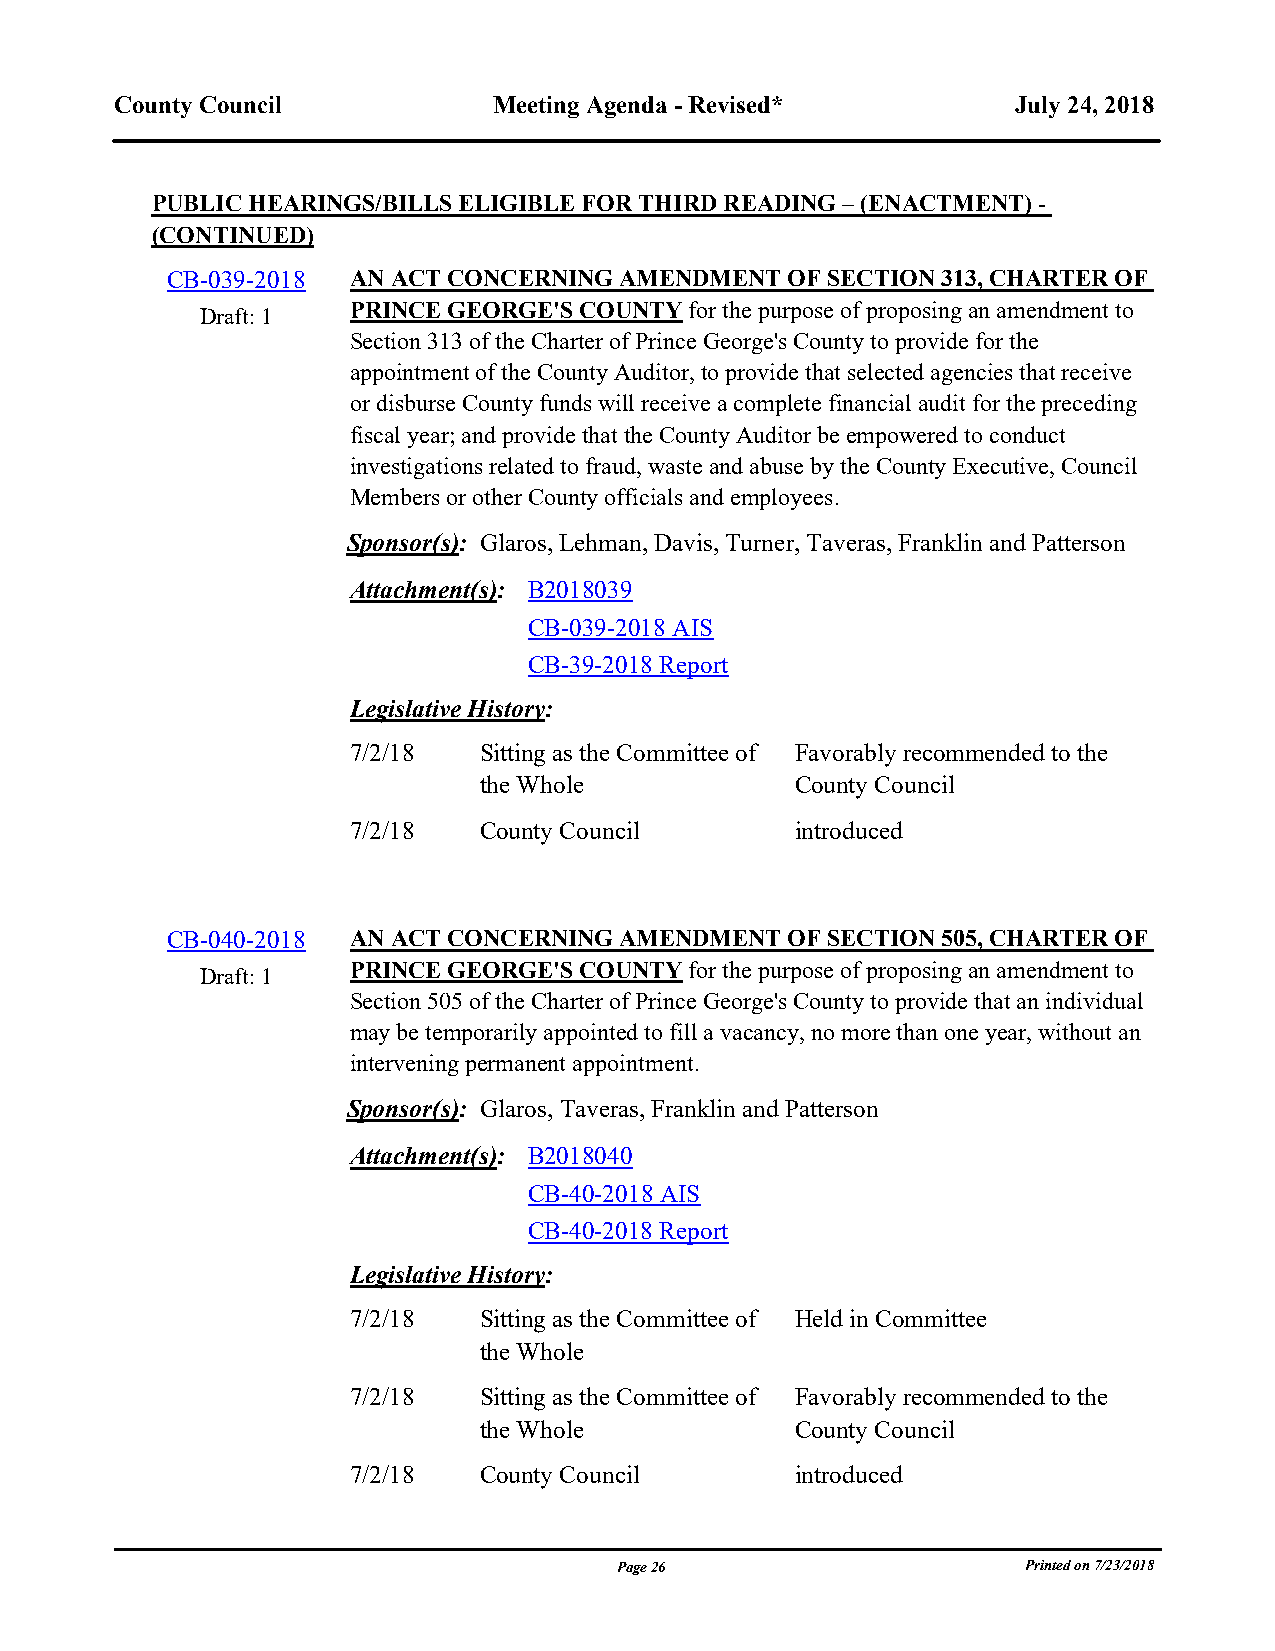
County Council           Meeting Agenda - Revised*         July 24, 2018
 PUBLIC HEARINGS/BILLS ELIGIBLE FOR THIRD READING – (ENACTMENT) -
 (CONTINUED)
 CB-039-2018 AN ACT CONCERNING AMENDMENT  OF SECTION 313, CHARTER OF
 PRINCE GEORGE'S COUNTY for the purpose of proposing an amendment to
 Draft: 1
 Section 313 of the Charter of Prince George's County to provide for the
 appointment of the County Auditor, to provide that selected agencies that receive
 or disburse County funds will receive a complete financial audit for the preceding
 fiscal year; and provide that the County Auditor be empowered to conduct
 investigations related to fraud, waste and abuse by the County Executive, Council
 Members or other County officials and employees.
 Sponsor(s): Glaros, Lehman, Davis, Turner, Taveras, Franklin and Patterson
 Attachment(s): B2018039
 CB-039-2018 AIS
 CB-39-2018 Report
 Legislative History:
 7/2/18   Sitting as the Committee of Favorably recommended to the
 the Whole            County Council
 7/2/18   County Council       introduced
 blank line
 CB-040-2018 AN ACT CONCERNING AMENDMENT  OF SECTION 505, CHARTER OF
 PRINCE GEORGE'S COUNTY for the purpose of proposing an amendment to
 Draft: 1
 Section 505 of the Charter of Prince George's County to provide that an individual
 may be temporarily appointed to fill a vacancy, no more than one year, without an
 intervening permanent appointment.
 Sponsor(s): Glaros, Taveras, Franklin and Patterson
 Attachment(s): B2018040
 CB-40-2018 AIS
 CB-40-2018 Report
 Legislative History:
 7/2/18   Sitting as the Committee of Held in Committee
 the Whole
 7/2/18   Sitting as the Committee of Favorably recommended to the
 the Whole            County Council
 7/2/18   County Council       introduced
 Page 26                    Printed on 7/23/2018